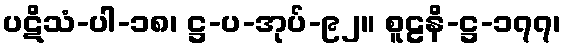
ပဋိသံ-ပါ-၁၈၊ ဋ္ဌ-ပ-အုပ်-၉၂။ စူဠနိ-ဋ္ဌ-၁၇၇၊